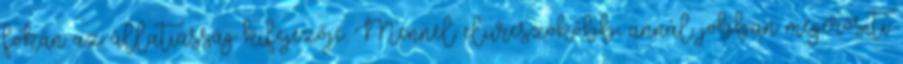
fokán az állatiasság kifejezője. Mennél elüreszökőbb, annál jobban megerősíti